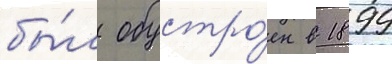
бы́л обустро́ен в 1899